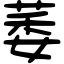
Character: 萎